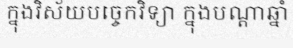
ក្នុងវិស័យបច្ចេកវិទ្យា ក្នុងបណ្តាឆ្នាំ